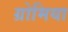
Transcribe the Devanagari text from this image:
ग्रोमिया